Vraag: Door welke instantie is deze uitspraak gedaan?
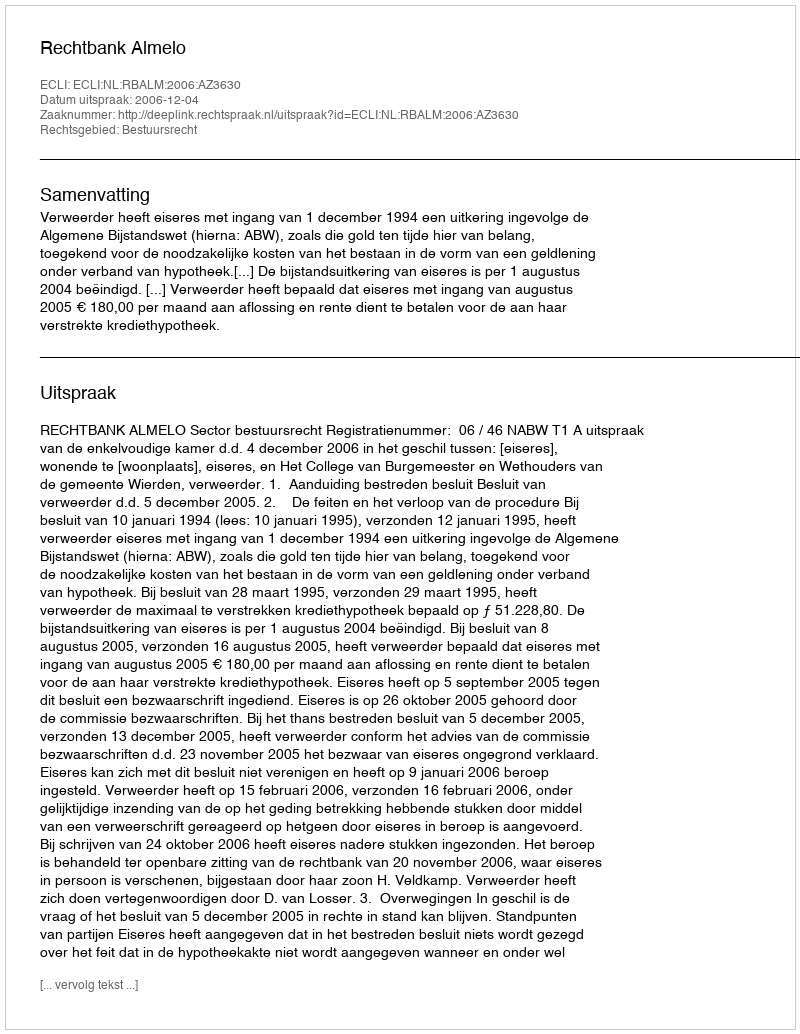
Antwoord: Rechtbank Almelo